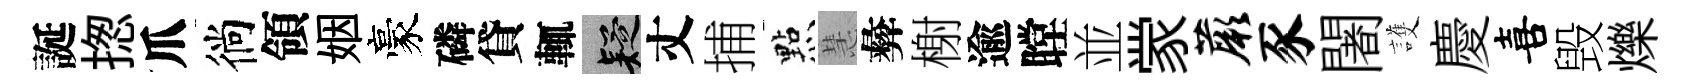
誕揔爪徜領姻豪磷貸輒疑丈捕㸃慧彜榭逾瞠並䝉蕨豕闍護慶喜毁爍